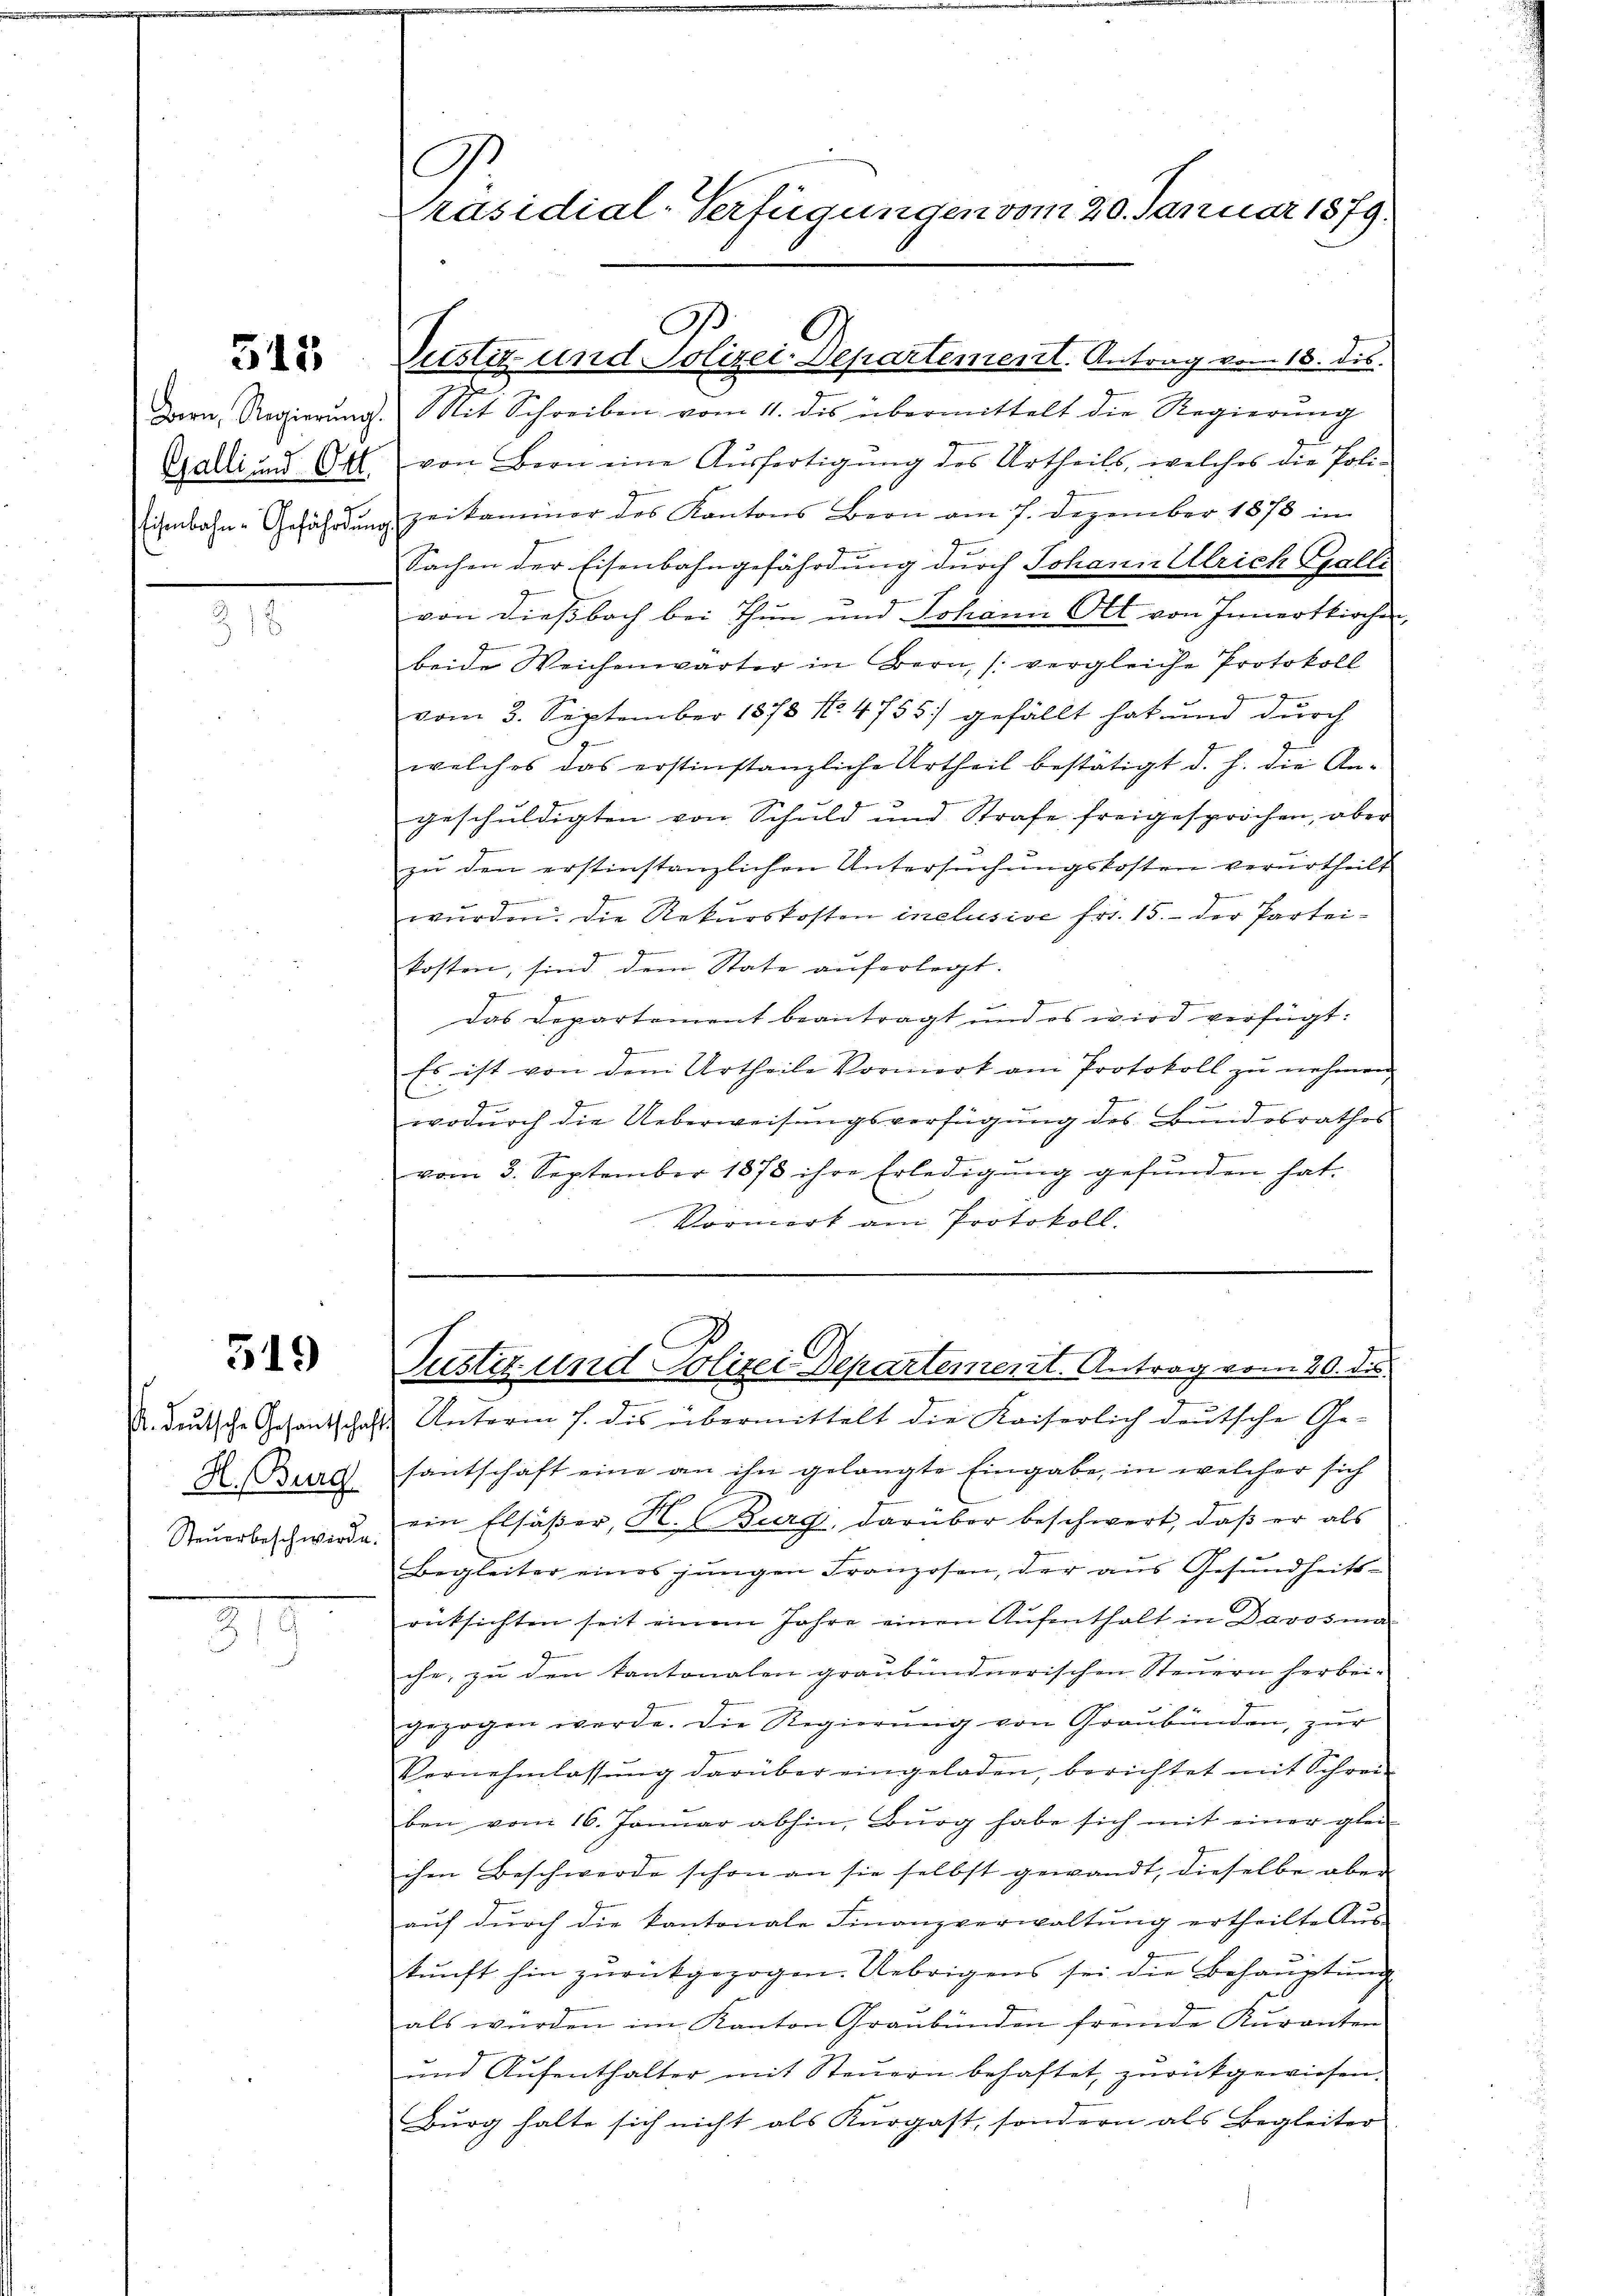
515

318

519

Steŭerbeschwerde.

312

C
Präsidial-Verfügungen vom 20. Januar 1879.

Darn. Regierŭng. Mit Schreiben vom 11. des übermittelt die Regierŭng
Galli ad Ott von Bern eine Aŭsfertigŭng des Urtheils, welches die Poli-
Eisenbahn-Gefährdung zeikaminor des Kantons Bern am 7. Dezember 1878 im
Sachen der Eisenbahngefährdung durch Johann Ulrich Galle
von dießbach bei Thun und Johann Ott von Innertkirchen
beide Weichenwärter in Bern, (vergleiche Protokoll
g
vom 3. September 1878 No. 4755) gefällt hat und durch
welches das erstinstanzliche Urtheil bestätigt d. h. die An-
geschŭldigten von Schuld und Strafe freigesprochen, aber
zu den erstinstanzlichen Untersuchungskosten verurtheilt
z
wurden. Die Rekurskosten inclusive Fr. 15. der Partei¬
Geme
kosten, sind, dem State auferlegt.
z
d
4
das Departement beantragt und es wird verfügt:
g
Es ist von dem Urtheile Vormerk am Protokoll zŭ nehmen.
J
wodŭrch die Ueberweisungsverfügung des Bundesrathes
vom 3. September 1878 ihre Erledigŭng gefŭnden hat.
Vormerk am Protokoll,
n
Justiz und Polizei Departement. Antrag vom 20. ds.
A. Deutsche Gesantschaft Unterm s. dis übermittelt die Kaiserlich deutsche Ge-
A. uere Hantschaft eine an ihn gelangte Eingabe, in welcher sich
ein Elsäßer, H. (Burg, darüber beschwert, daß er als
Begleiter eines jungen Franzosen, der aŭs Gesŭndheits-
rücksichten seit einem Jahre einen Aŭfenthalt in Davosma
che; zu den kantonalen graubündnerischen Steuern herbei-
gezogen werde. Die Regierŭng von Graubünden, zur
Vernehmlassŭng darüber eingeladen, berichtet mit Schrei-
ben vom 16. Janŭar abhin, Burg habe sich mit einer glei-
chm Beschwerde schon an sie selbst gewandt, dieselbe aber
aŭf dŭrch die Kantonale Finanzverwaltŭng ertheilte Aŭs-
kŭnft hin zŭrückgezogen. Uebrigens sei die Behaŭptŭng
als würden im Kanton Graubünden fremde Kuranten
und Aufenthalter mit Steuern behaftet, zurückgewiesen.
Burg halte sich nicht als Kurgast, sondern als Begleiter

G
.
Justiz- und Polizei-Departement. Antrag vom 18. dis